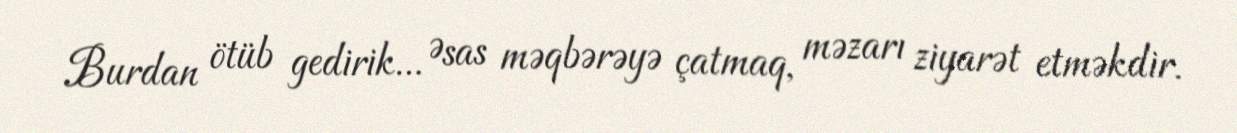
Burdan ötüb gedirik... Əsas məqbərəyə çatmaq, məzarı ziyarət etməkdir.